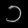
Digit: ၁